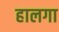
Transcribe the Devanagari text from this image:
हालगा